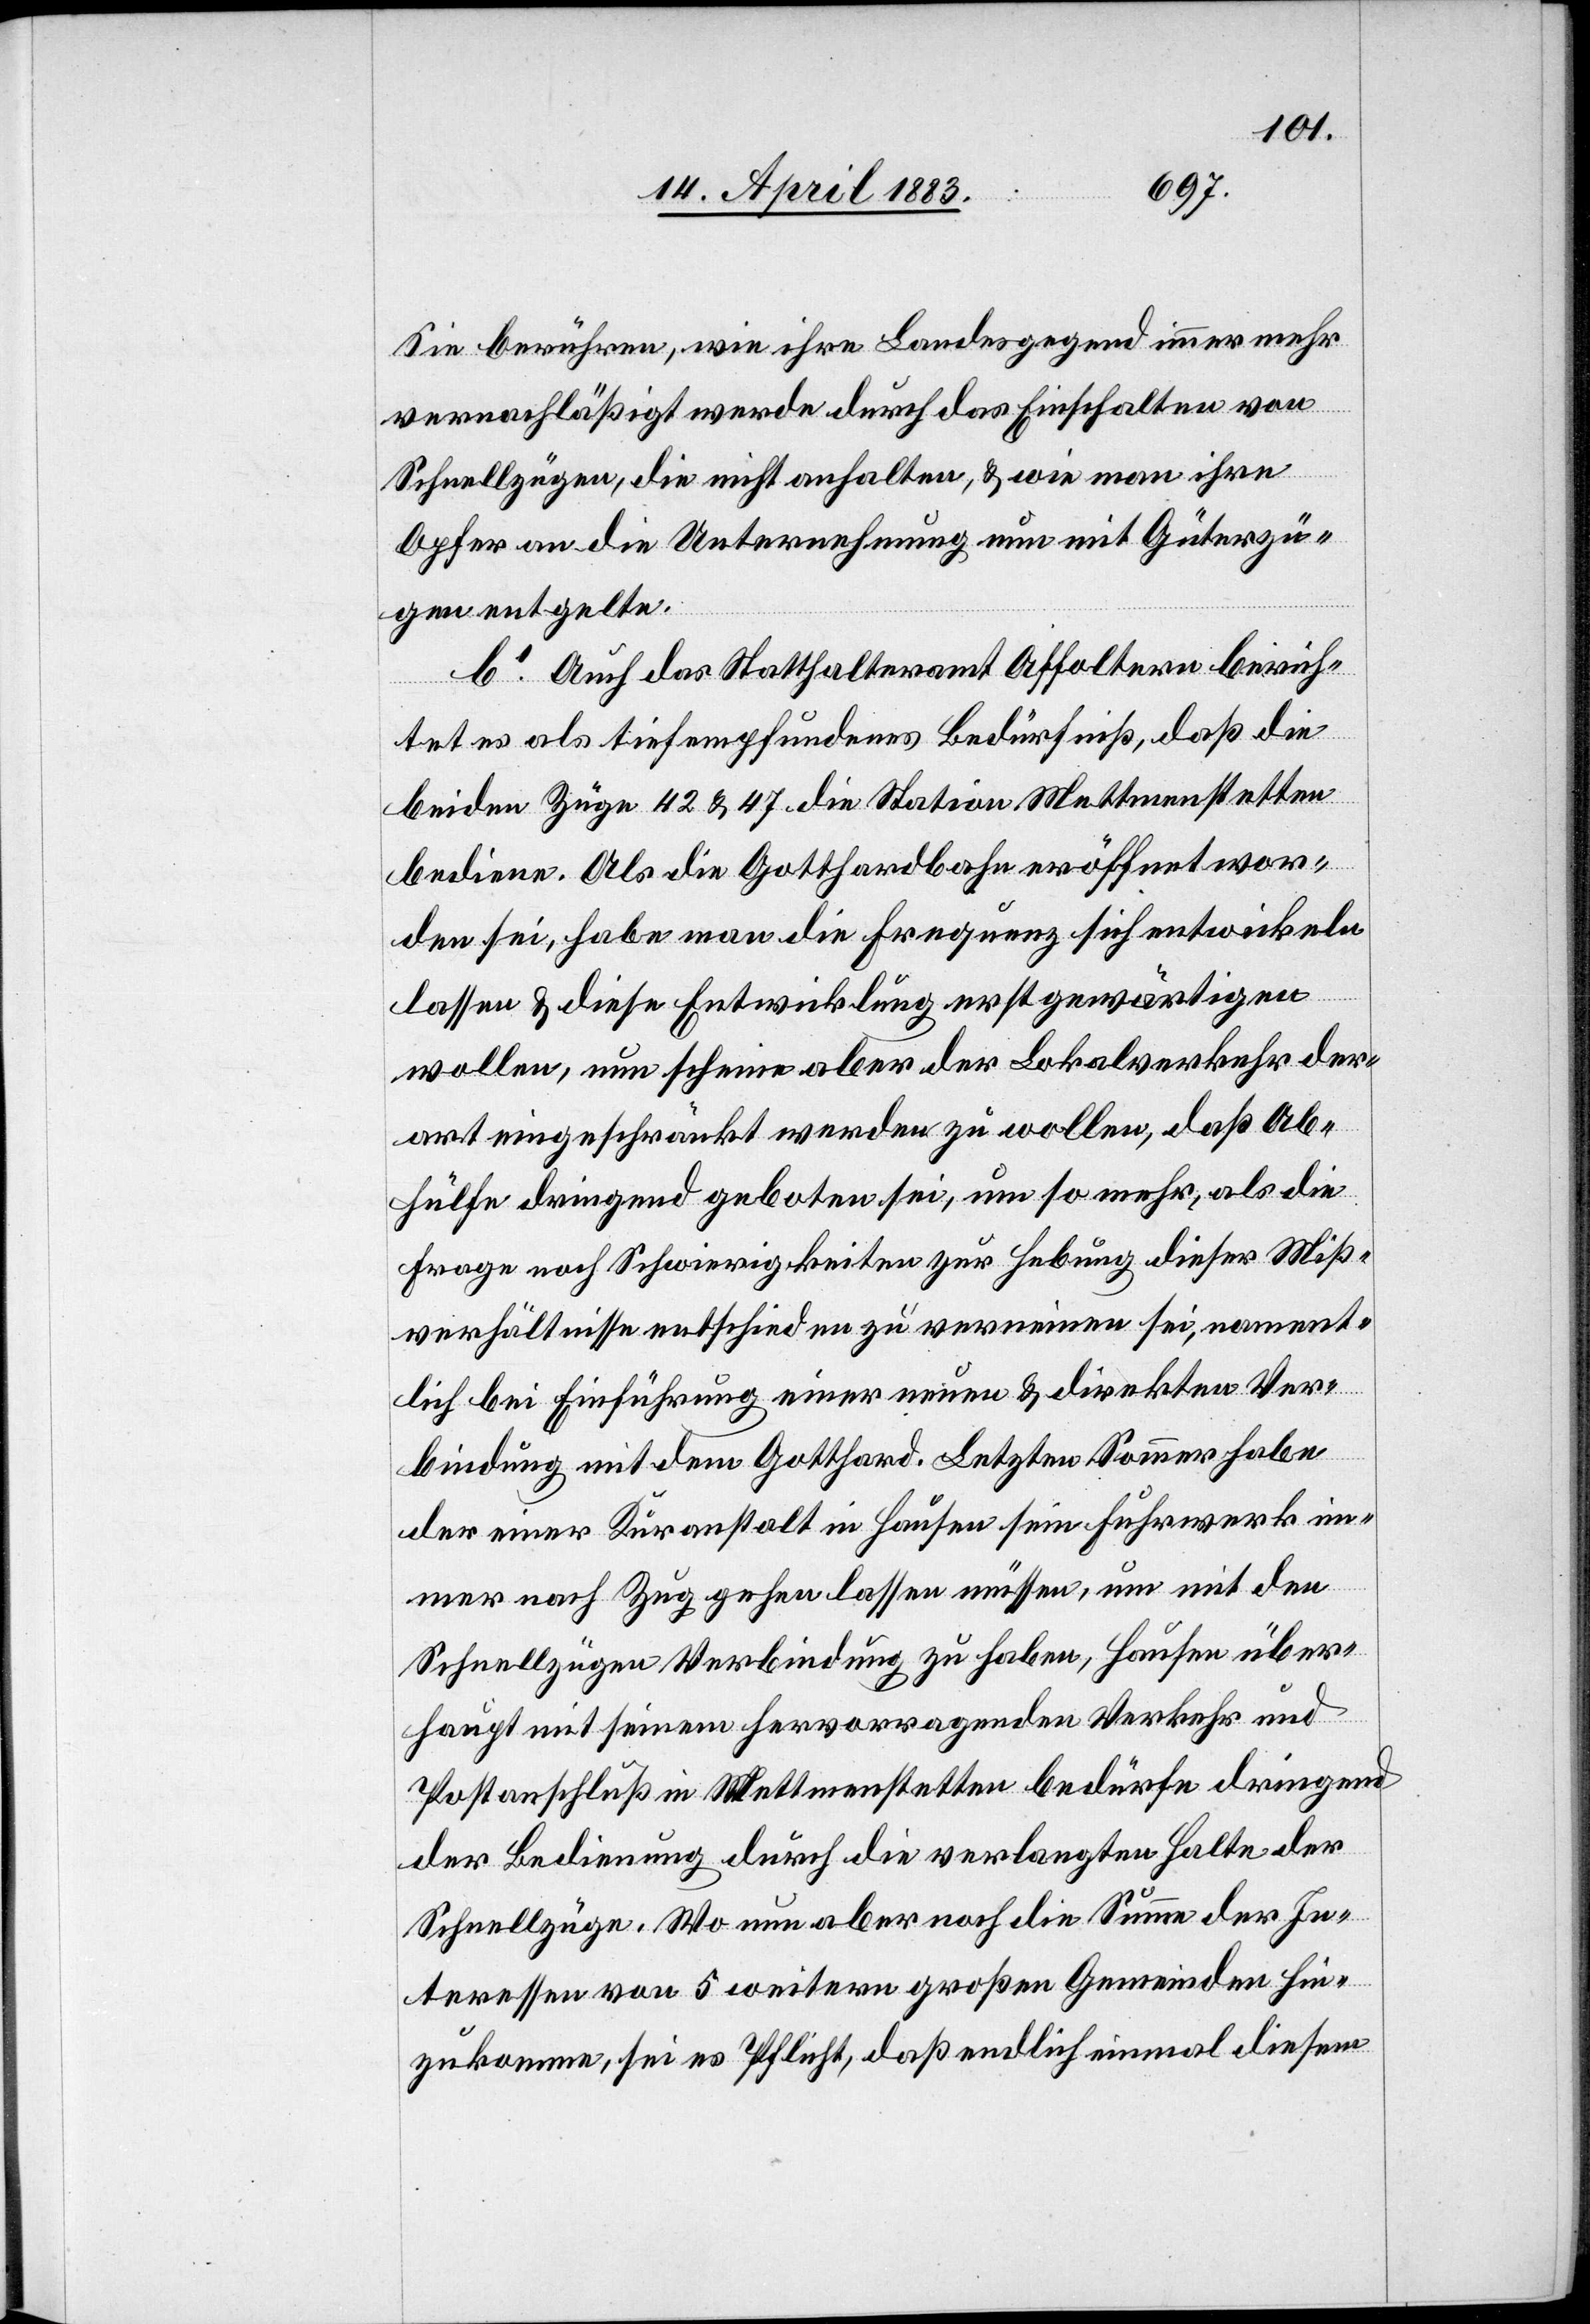
Sie berühren, wie ihre Landesgegend immer mehr
vernachlässigt werde durch das Einschalten von
Schnellzügen, die nicht anhalten, & wie man ihre
Opfer an die Unternehmung nun mit Güterzü¬
gen entgelte.
b1. Auch das Statthalteramt Affoltern berich¬
tet es als tiefempfundenes Bedürfnis, das die
beiden Züge 42 & 47 die Station Mettmenstetten
bedienen. Als die Gotthardbahn eröffnet wor¬
den sei, habe man die Frequenz sich entwickeln
lassen & diese Entwicklung erst gewärtigen
wollen, nun scheine aber der Lokalverkehr der¬
art eingeschränkt werden zu wollen, daß Ab¬
hülfe dringend geboten sei, um so mehr, als die
Frage noch Schwierigkeiten zur Hebung dieser Miß¬
verhältnisse entschieden zu verneinen sei, nament¬
lich bei Einführung einer neuen & direkten Ver¬
bindung mit dem Gotthard. Letzten Sommer habe
der einer Kuranstalt in Hausen sein Fuhrwerk im¬
mer nach Zug gehen lassen müssen, [sic!] um mit den
Schnellzügen Verbindung zu haben, Hausen über¬
haupt mit seinem hervorragenden Verkehr und
Postanschluß in Mettmenstetten bedürfe dringend
der Bedienung durch die verlangten Halte der
Schnellzüge. Wo nun aber noch die Summe der In¬
teressen von 5 weitern großen Gemeinden hin¬
zukommen, sei es Pflicht, daß endlich einmal diesem